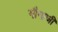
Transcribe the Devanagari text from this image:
गौगाजी